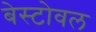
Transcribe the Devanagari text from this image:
बेस्टोवल